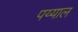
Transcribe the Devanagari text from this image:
पय्याल